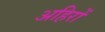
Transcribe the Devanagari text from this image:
अहिरों